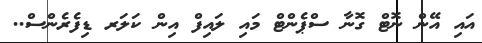
އައި އޭން ނޮޓް ގޮނާ ސްޕެންޓް މައި ލައިފް އިން ކަލަރ ޑިފެރެންސް..